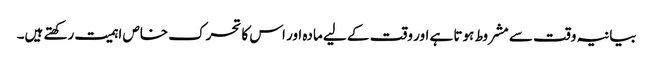
بیانیہ وقت سے مشروط ہوتا ہے اور وقت کے لیے مادہ اور اس کا تحرک خاص اہمیت رکھتے ہیں۔